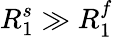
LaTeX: R_{1}^{s}\gg R_{1}^{f}